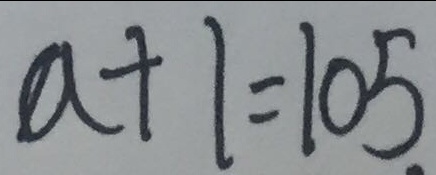
a + 1 = 1 0 5